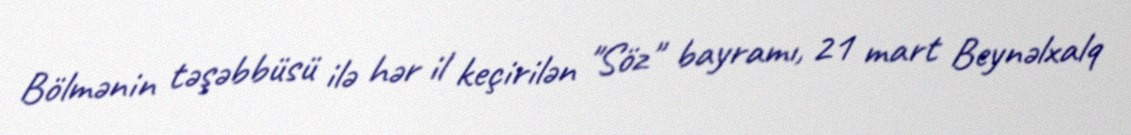
Bölmənin təşəbbüsü ilə hər il keçirilən "Söz" bayramı, 21 mart Beynəlxalq